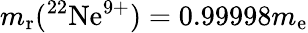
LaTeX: m_{\mathrm{r}}({}^{22}\mathrm{Ne}^{9+})=0.99998m_{\mathrm{e}}